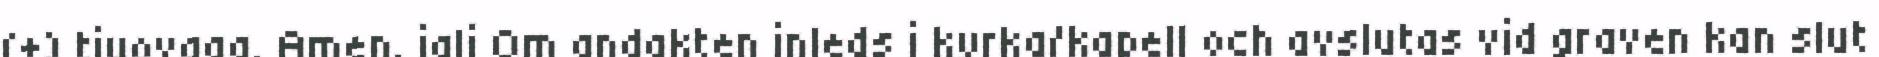
(+) tjuovgga. Amen. jali Om andakten inleds i kyrka/kapell och avslutas vid graven kan slut